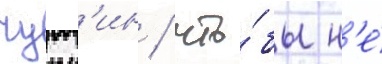
чухн'ин / что́бы н'е́